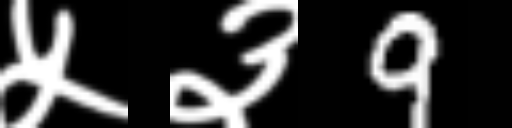
Text: ५३9